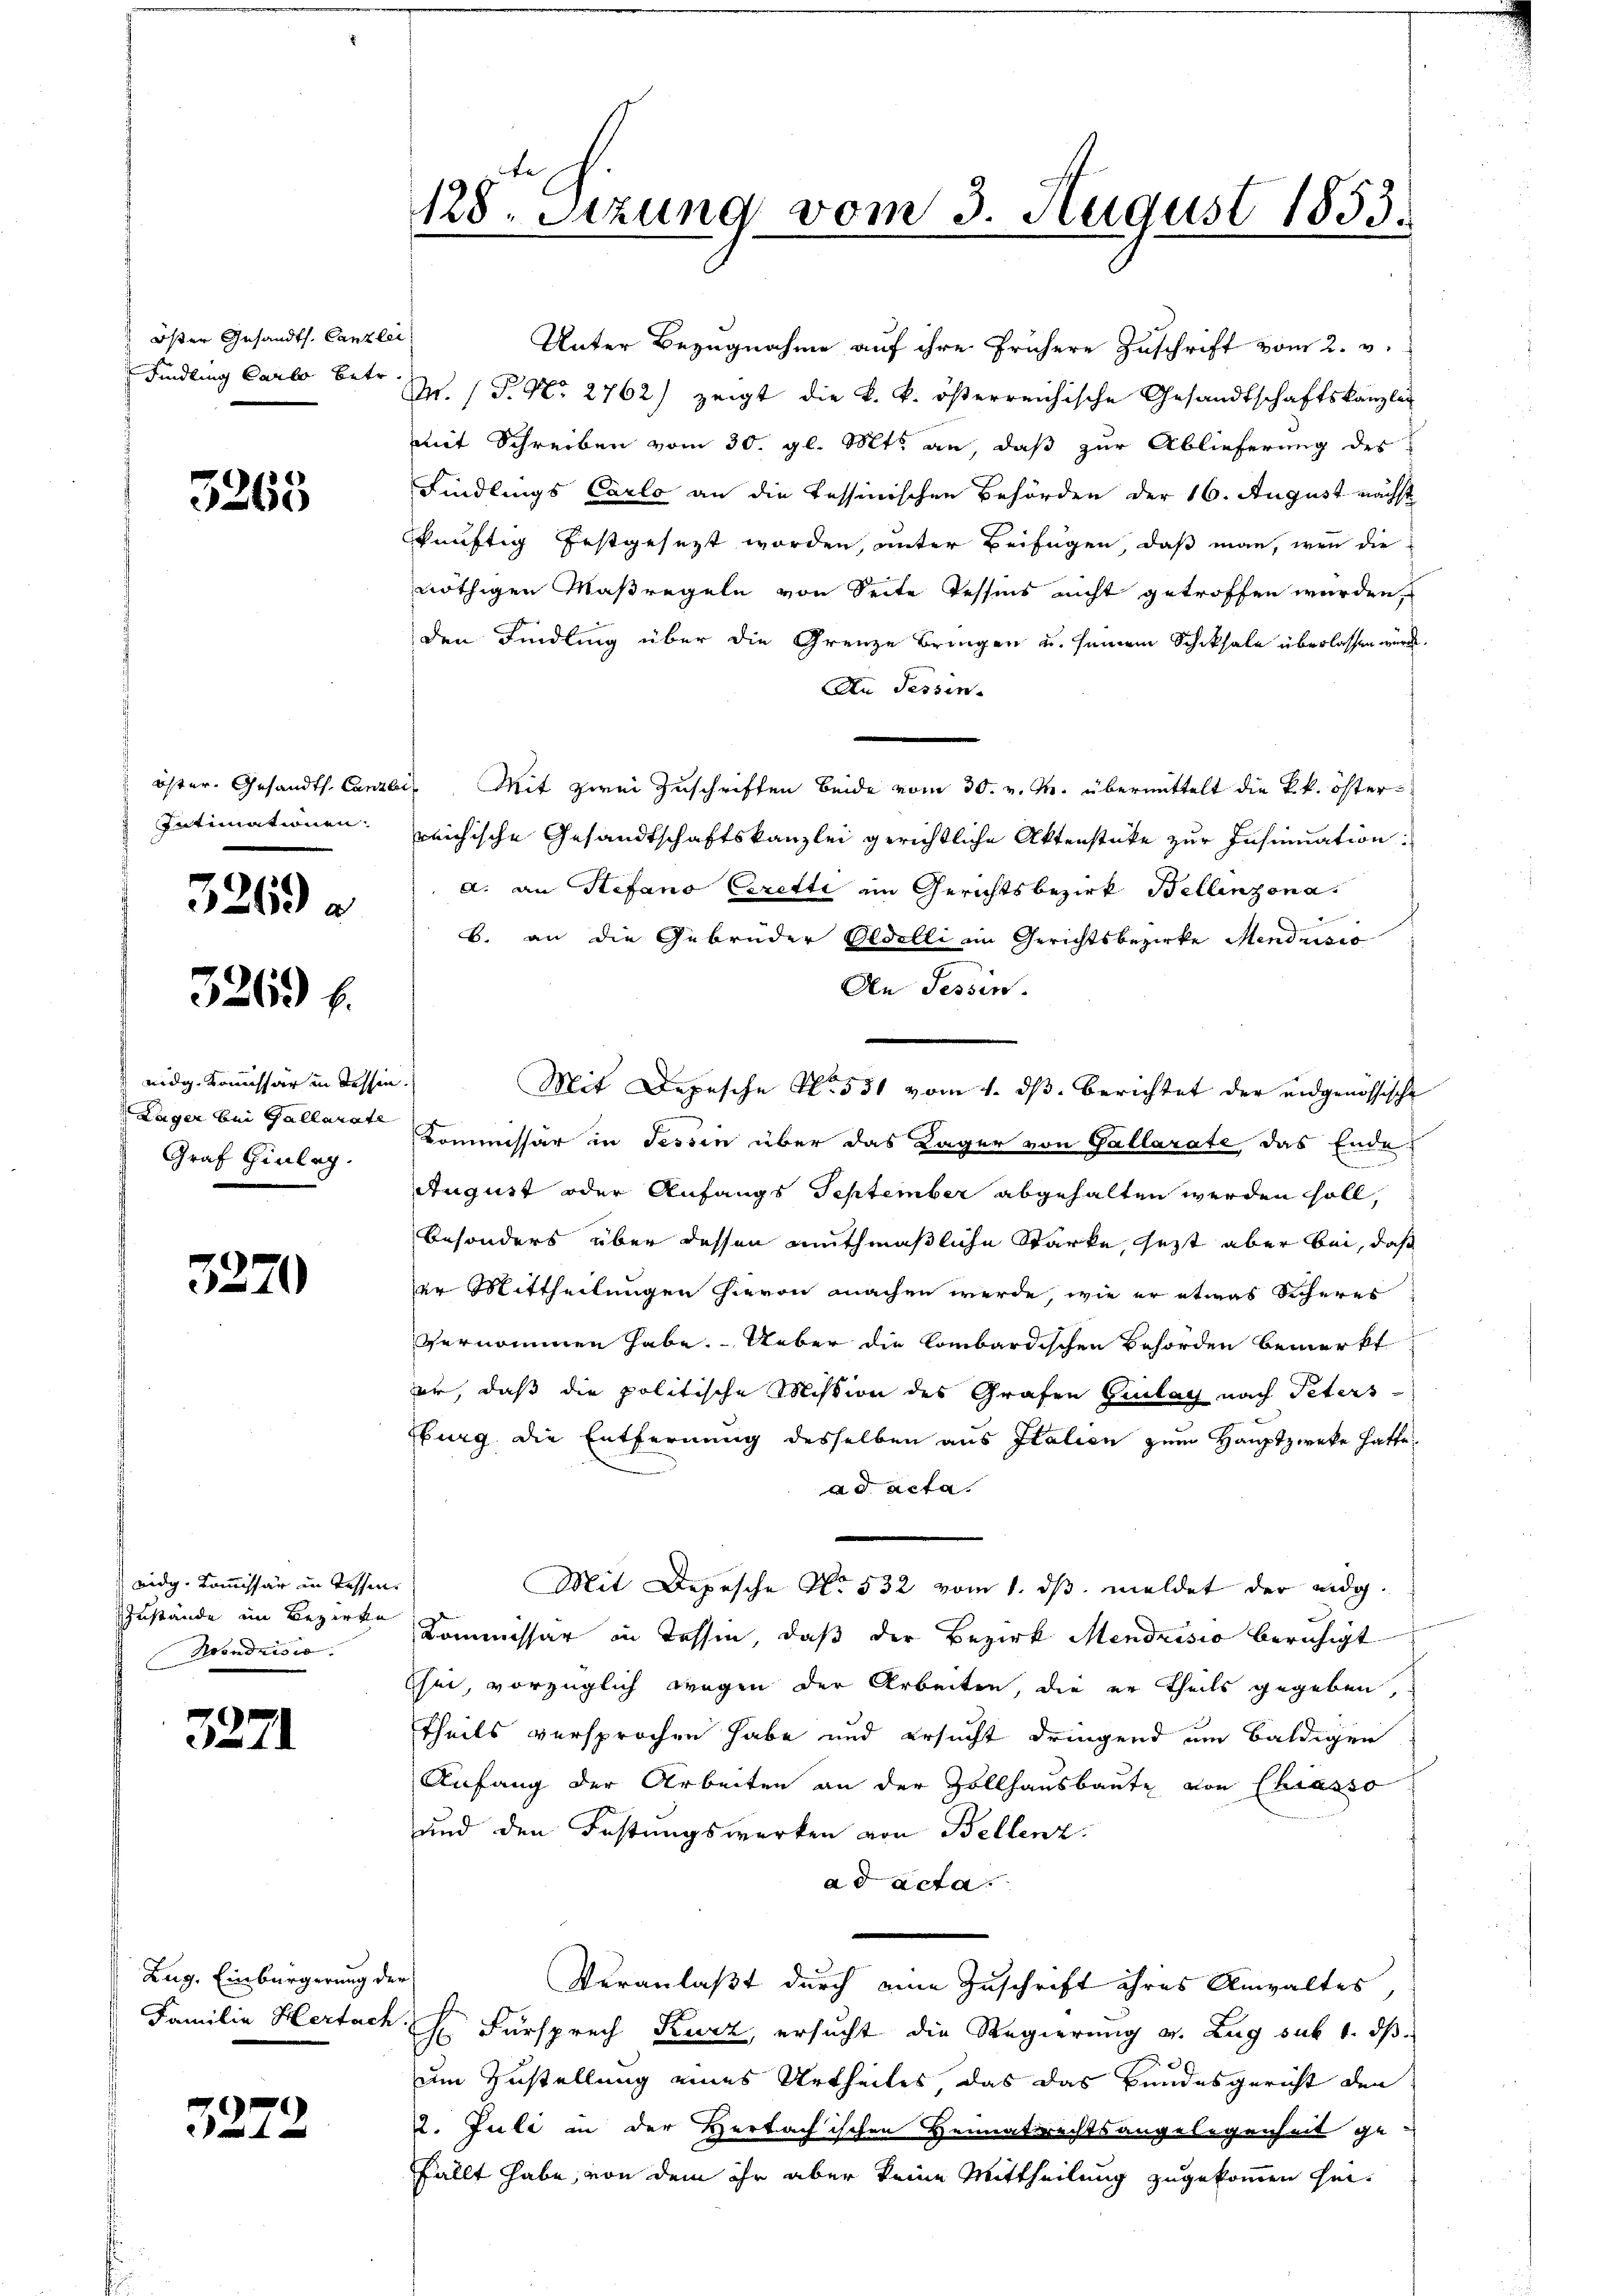
Öster Gesandts. Canzlei

3265

öster. Gesandth. Canzlei
Intimationen.

3269 a

3263 f.

nidg. Kommissär in Tessin.
Graf Hinleg

3270

eidg. Kommissär in Tessin
Zustände im Bezirke
Nondrisio.

327

Zug. Einbürgerung der

3272

Unter Bezugnahme auf ihre frühere Zuschrift vom 2. v.
Findling Carlo betr. W. P. Nr. 2762) zeigt die k. k. österreichische Gesandtschaftskanzlei
mit Schreiben vom 30. gl. Mts. an, daß zur Ablieferung des
Findlings Carlo an die Tessinischen Behörden der 16. August nächst
künftig festgesezt worden, unter Beifügen, daß man, wenn die
nöthigen Maßregeln von Seite Tessins nicht getroffen würden,
den Findling über die Grenze Bringen u. seinem Schiksale überlassen würde.
An Tessin.
Mit zwei Zuschriften beide vom 30. v. M. übermittelt die k.k. österreichische Gesandtschaftskanzlei gerichtliche Aktenstüke zur Insinuation
d. an Stefano Cerette im Gerichtsbezirk Bellinzona.
B. an die Gebrüder Oldelli im Gerichtsbezirke Mendendia
Den Tessin.
Mit Depesche No. 531 vom 1. ds. berichtet der eidgenössische
Lager bei Gallarste Kommissär in Tessin über das Kager von Gallarate das Ende
August oder Anfangs September abgehalten werden soll,
besonders über dessen muthmaßliche Stärke, seit aber bei, daß
er Mittheilungen hievon machen werde, wie er etwas Sicheres
vernommen habe. Ueber die Combardischen Behörden bemerkt
er, daß die politische Mission des Grafen Giulat nach Peters
burg die Entfernung desselben aus Italien zum Hauptzwecke hatte,
ad acta.
Mit Depesche No. 532 vom 1. dβ meldet der eidg.
Kommissär in Tessin, daß der Bezirk Mendrisio beruhigt
shen, vorzüglich wegen der Arbeiten, die er theils gegeben,
theils versprochen habe und ersucht dringend um baldigen
Anfang der Arbeiten an der Zollhausbaute von Chiasso
und den Festungswerken von Bellenz
ad acta.
Veranlaßt durch eine Zuschrift ihres Anwaltes,
Familie Hertach C. Fürsprech Kurz, ersucht die Regierung v. Zug sub 1. ds
um Zustellung eines Urtheiles das das Bundesgericht den
12. Juli in der Hertachischen Heimatsrechtsangelegenheit ge-
fällt habe, von dem ihr aber keine Mittheilung zugekommen sei¬

128. Sitzung vom 3. August 1853.